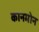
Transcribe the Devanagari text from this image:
कानमोन